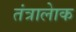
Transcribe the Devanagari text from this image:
तंत्रालेाक